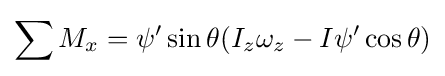
\sum M_{x}=\psi '\sin \theta (I_{z}\omega _{z}-I\psi '\cos \theta )